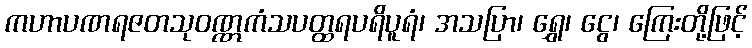
ကဟာပဏရဇတသုဝဏ္ဏကံသပတ္ထရပရိပူရံ၊ အသပြာ၊ ရွှေ၊ ငွေ၊ ကြေးတို့ဖြင့်